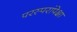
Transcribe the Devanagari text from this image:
परस्परांपेक्षा